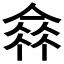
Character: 𠌺